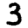
Digit: 3